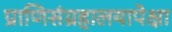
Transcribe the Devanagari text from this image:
प्राणिसंग्रहालयापेक्षा